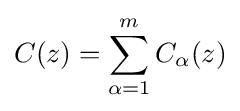
C(z)=\sum _{\alpha =1}^{m}C_{\alpha }(z)